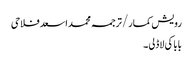
رویش کمار/ترجمہ محمد اسعد فلاحی
بابا کی لاڈلی۔